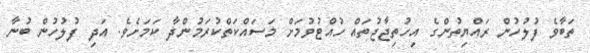
ތަބާވެ ފުލުހުން ރައްޔިތުންގެ އިހުތިޖާޖުތައް ހުއްޓުވުމަށް މަސައްކަތްކުރަމުންދާ ކަމަށެވެ. އަދި ފުލުހުން ބުނާ